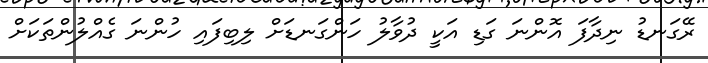
ރޭގަނޑު ނިދާފަ އޮންނަ ގަޑި އަކީ ދުވާލު ހަންގަނޑަށް ލިބިފައި ހުންނަ ގެއްލުންތަކަށް